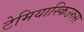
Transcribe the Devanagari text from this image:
टेमियास्किउरुस